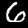
Digit: 6